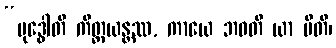
“ဗုဒ္ဓေါတိ ကိတ္တယန္တဿ, ကာယေ ဘဝတိ ယာ ပီတိ၊